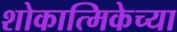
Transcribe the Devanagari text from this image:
शोकात्मिकेच्या